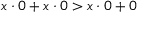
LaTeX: x \cdot 0 + x \cdot 0 > x \cdot 0 + 0